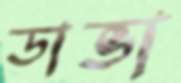
ডাভা